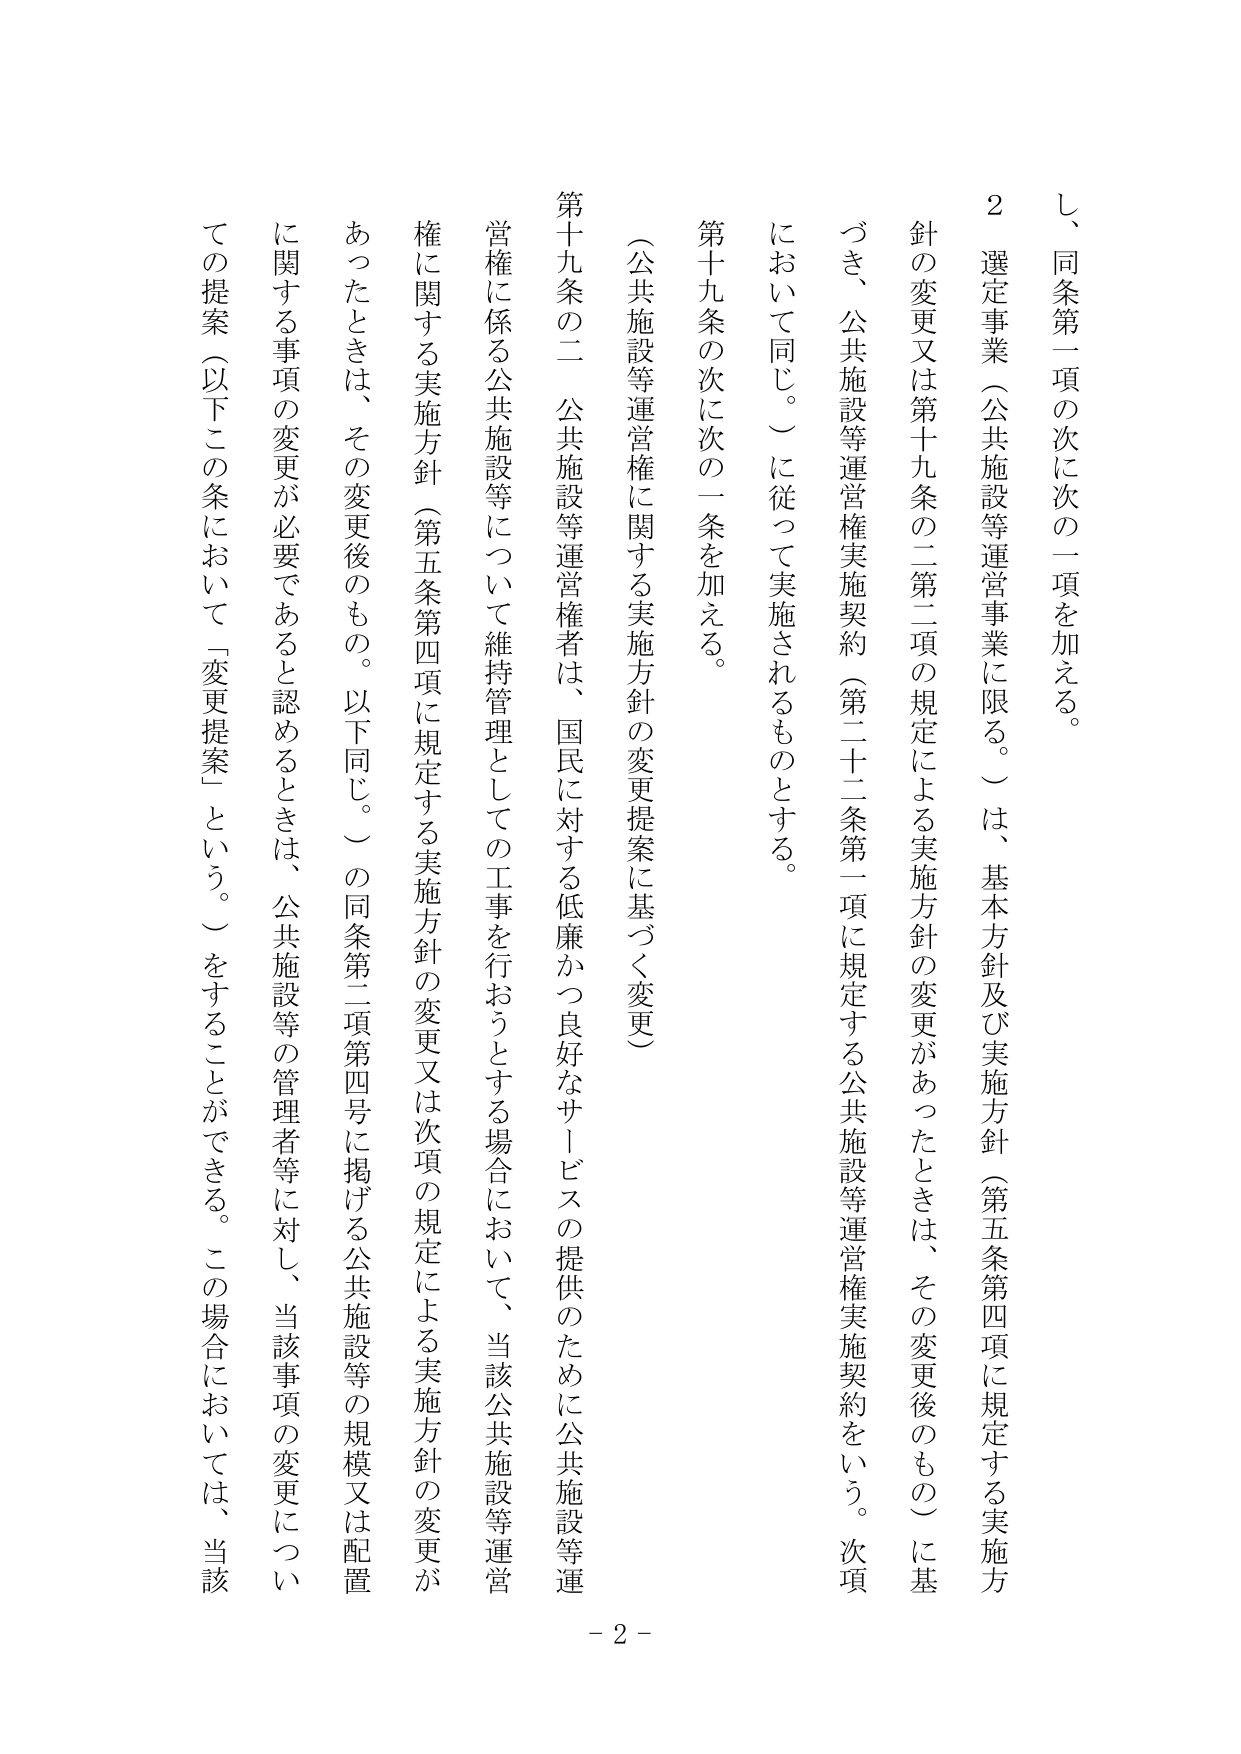
し、同条第一項の次に次の一項を加える。

２　選定事業（公共施設等運営事業に限る。）は、基本方針及び実施方針（第五条第四項に規定する実施方針の変更又は第十九条の二第二項の規定による実施方針の変更があったときは、その変更後のもの）に基づき、公共施設等運営権実施契約（第二十二条第一項に規定する公共施設等運営権実施契約をいう。次項において同じ。）に従って実施されるものとする。

第十九条の次に次の一条を加える。

（公共施設等運営権に関する実施方針の変更提案に基づく変更）

第十九条の二　公共施設等運営権者は、国民に対する低廉かつ良好なサービスの提供のために公共施設等運営権に係る公共施設等について維持管理としての工事を行おうとする場合において、当該公共施設等運営権に関する実施方針（第五条第四項に規定する実施方針の変更又は次項の規定による実施方針の変更があったときは、その変更後のもの。以下同じ。）の同条第二項第四号に掲げる公共施設等の規模又は配置に関する事項の変更が必要であると認めるときは、公共施設等の管理者等に対し、当該事項の変更についての提案（以下この条において「変更提案」という。）をすることができる。この場合においては、当該

- 2 -